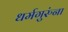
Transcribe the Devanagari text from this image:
धर्मगुरुंना